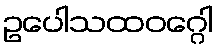
ဥပေါသထဝဂ္ဂေါ